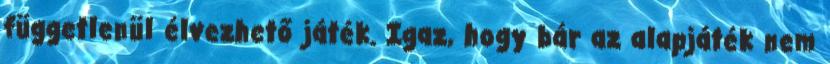
függetlenül élvezhető játék. Igaz, hogy bár az alapjáték nem